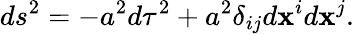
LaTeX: ds^{2}=-a^{2}d\tau^{2}+a^{2}\delta_{ij}d\mathbf{x}^{i}d\mathbf{x}^{j}.